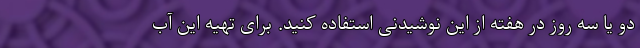
دو یا سه روز در هفته از این نوشیدنی استفاده کنید. برای تهیه این آب